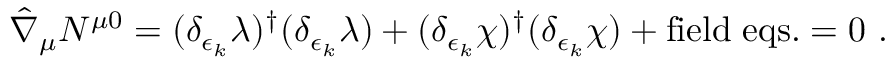
\hat { \nabla } _ { \mu } N ^ { \mu 0 } = ( { \delta _ { \epsilon _ { k } } \lambda } ) ^ { \dagger } ( \delta _ { \epsilon _ { k } } \lambda ) + ( { \delta _ { \epsilon _ { k } } \chi } ) ^ { \dagger } ( \delta _ { \epsilon _ { k } } \chi ) + \mathrm { f i e l d \; e q s . } = 0 \ .